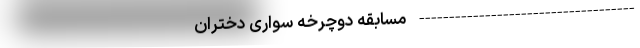
------------------------------------ مسابقه دوچرخه‌ سواری دختران